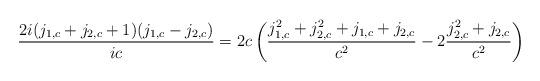
LaTeX: \begin{align*}{2i(j_{1,c}+j_{2,c}+1)(j_{1,c}-j_{2,c})\over ic}=2c \left ({j_{1,c}^2+j_{2,c}^2+j_{1,c}+j_{2,c}\over c^2}-2{j_{2,c}^2+j_{2,c}\over c^2}\right )\end{align*}